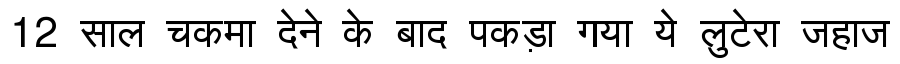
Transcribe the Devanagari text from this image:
12 साल चकमा देने के बाद पकड़ा गया ये लुटेरा जहाज